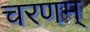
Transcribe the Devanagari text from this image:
चरणम्‌